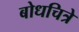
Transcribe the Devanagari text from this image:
बोधचित्रे